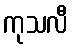
ကုသလီ